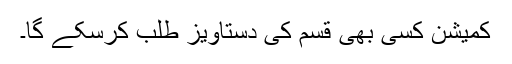
کمیشن کسی بھی قسم کی دستاویز طلب کرسکے گا۔